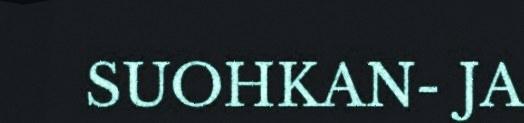
SUOHKAN- JA